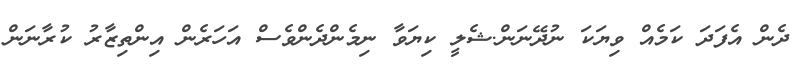
ދެން އެފަދަ ކަމެއް ވިޔަކަ ނުދޭނަން.ޝެލީ ކިޔަވާ ނިމެންދެންވެސް އަހަރެން އިންތިޒާރު ކުރާނަން